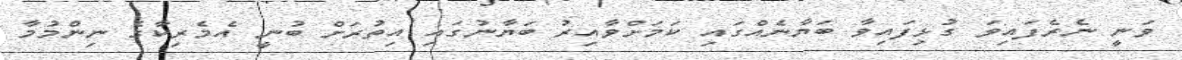
ވަނީ ނެރެފައިވަ ގުޅިފައިވާ ބަޔާނެއްގައި ކަމަށްވާއިރު ބަޔާނުގައި އިތުރަށް ބުނީ އެމެރިކާގެ ނިންމުމާ